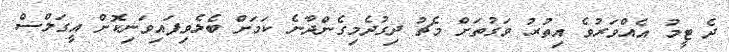
ދެ ޓީމު އެއްވަރުވެ އިތުރު ވަގުތަށް މެޗު ދިގުދެމިގެންދާނެ ކަމަށް ބެލެވިފައިވަނިކޮށް އީގަލްސް